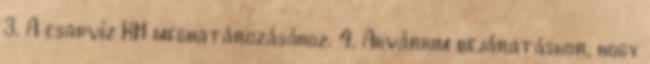
3. A csapvíz KH meghatározásához. 4. Akvárium bejáratáskor, hogy